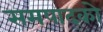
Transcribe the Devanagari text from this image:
समपाद्को